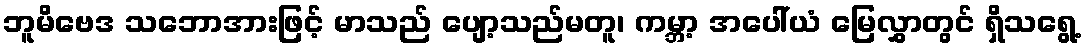
ဘူမိဗေဒ သဘောအားဖြင့် မာသည် ပျော့သည်မတူ၊ ကမ္ဘာ့ အပေါ်ယံ မြေလွှာတွင် ရှိသရွေ့